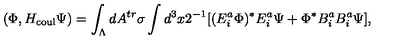
( \Phi , H _ { \mathrm { c o u l } } \Psi ) = \int _ { \Lambda } d A ^ { t r } \sigma \int d ^ { 3 } x 2 ^ { - 1 } [ ( E _ { i } ^ { a } \Phi ) ^ { * } E _ { i } ^ { a } \Psi + \Phi ^ { * } B _ { i } ^ { a } B _ { i } ^ { a } \Psi ] \mathrm { , }